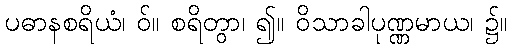
ပဓာနစရိယံ၊ ဝ်။ စရိတွာ၊ ၍။ ဝိသာခါပုဏ္ဏမာယ၊ ၌။